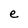
Character: e